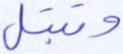
وتبتل